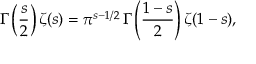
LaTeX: \Gamma \left( \frac { s } { 2 } \right) \zeta ( s ) = \pi ^ { s - 1 / 2 } \, \Gamma \left( \frac { 1 - s } { 2 } \right) \zeta ( 1 - s ) ,